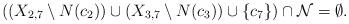
LaTeX: \begin{align*}\mbox{$((X_{2,7}\setminus N(c_2))\cup (X_{3,7}\setminus N(c_3))\cup\{c_7\})\cap {\cal N}=\emptyset$.}\end{align*}